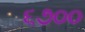
૬૭૦૦